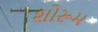
શોરૂમ